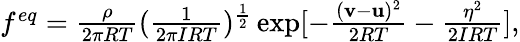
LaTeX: \begin{array}{r}{f^{eq}=\frac{\rho}{2\pi RT}(\frac{1}{2\pi IRT})^{\frac{1}{2}}\exp[-\frac{(\mathbf{v}-\mathbf{u})^{2}}{2RT}-\frac{\eta^{2}}{2IRT}],}\end{array}